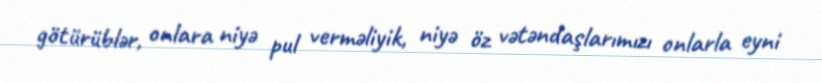
götürüblər, onlara niyə pul verməliyik, niyə öz vətəndaşlarımızı onlarla eyni